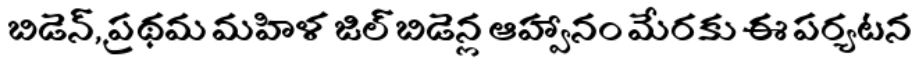
బిడెన్, ప్రథమ మహిళ జిల్ బిడెన్ల ఆహ్వానం మేరకు ఈ పర్యటన